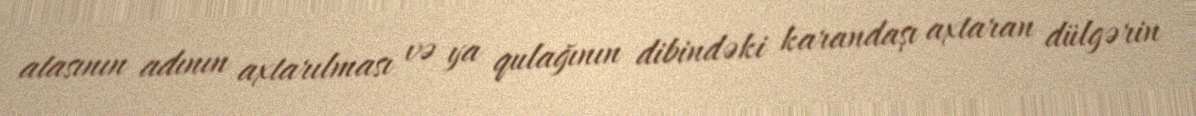
atasının adının axtarılması və ya qulağının dibindəki karandaşı axtaran dülgərin